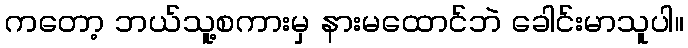
ကတော့ ဘယ်သူ့စကားမှ နားမထောင်ဘဲ ခေါင်းမာသူပါ။